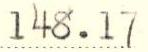
148.17